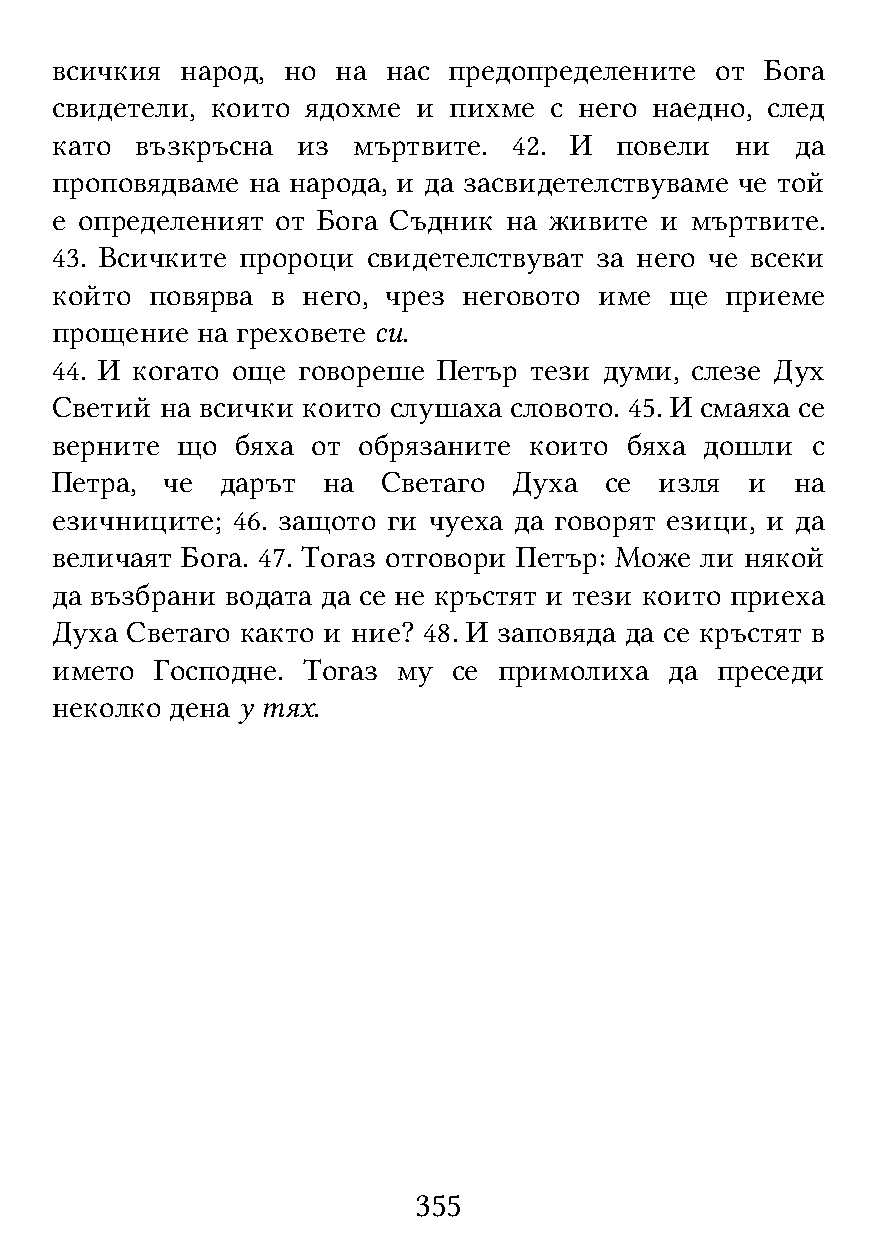
всичкия  народ, но на  нас предопределените от  Бога
 свидетели, които ядохме  и пихме с него наедно, след
 като  възкръсна  из мъртвите.  42. И  повели  ни  да
 проповядваме на народа, и да засвидетелствуваме че той
 е определеният от Бога Съдник на живите  и мъртвите.
 43. Всичките пророци свидетелствуват за него че всеки
 който  повярва в него, чрез неговото име ще  приеме
 прощение  на греховете си.
 44. И когато още говореше Петър тези думи, слезе Дух
 Светий  на всички които слушаха словото. 45. И смаяха се
 верните  що  бяха от обрязаните които бяха  дошли  с
 Петра,  че  дарът на  Светаго  Духа  се  изля и   на
 езичниците; 46. защото ги чуеха да говорят езици, и да
 величаят Бога. 47. Тогаз отговори Петър: Може ли някой
 да възбрани водата да се не кръстят и тези които приеха
 Духа Светаго както и ние? 48. И заповяда да се кръстят в
 името  Господне. Тогаз му  се примолиха  да преседи
 неколко дена у тях.
 355